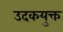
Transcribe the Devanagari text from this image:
उदकयुक्त